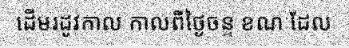
ដើមរដូវកាល កាលពីថ្ងៃចន្ទ ខណៈដែល